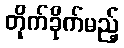
တိုက်ခိုက်မည့်